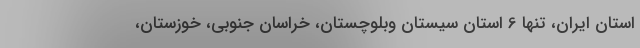
استان ایران، تنها 6 استان سیستان وبلوچستان، خراسان جنوبی، خوزستان،